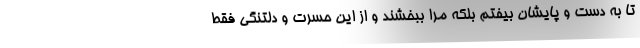
تا به دست و پایشان بیفتم بلکه مرا ببخشند و از این حسرت و دلتنگی فقط